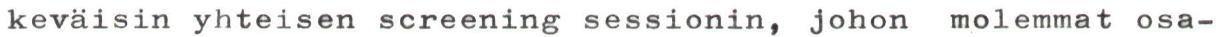
keväisin yhteisen screening sessionin, johon molemmat osa-